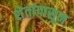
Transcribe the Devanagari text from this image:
शेतांपासून